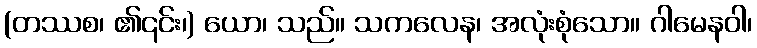
(တဿစ၊ ၏၎င်း၊) ယော၊ သည်။ သကလေန၊ အလုံးစုံသော။ ဂါမေနဝါ၊